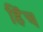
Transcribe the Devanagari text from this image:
हिंच